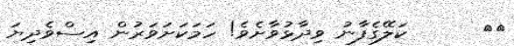
٥٠      ކަލޭގެފާނު ވިދާޅުވާށެވެ! ހަމަކަށަވަރުން އިސްވެދިޔަ